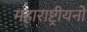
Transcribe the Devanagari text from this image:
महाराष्ट्रीयनों